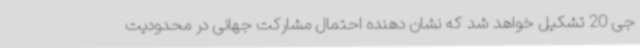
جی 20 تشکیل خواهد شد که نشان دهنده احتمال مشارکت جهانی در محدودیت